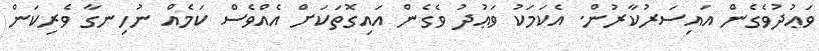
ވަޢުދުވެގެން އައިސަރުކާރުން. އެކަމަކު ވަޢުދު ވެގެން އައިގޮތަކަށް އެއްވެސް ކަމެއް ނުހިނގާ ވެރިކަން